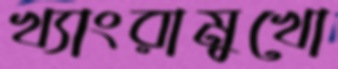
খ্যাংরামুখো